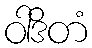
ဝါဒိတံ